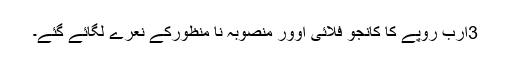
3ارب روپے کا کانجو فلائی اوور منصوبہ نا منظورکے نعرے لگائے گئے۔